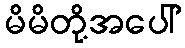
မိမိတို့အပေါ်